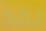
لقد